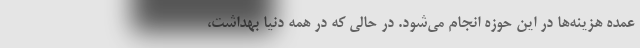
عمده هزینه‌ها در این حوزه انجام می‌شود. در حالی که در همه دنیا بهداشت،